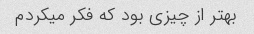
بهتر از چیزی بود که فکر میکردم